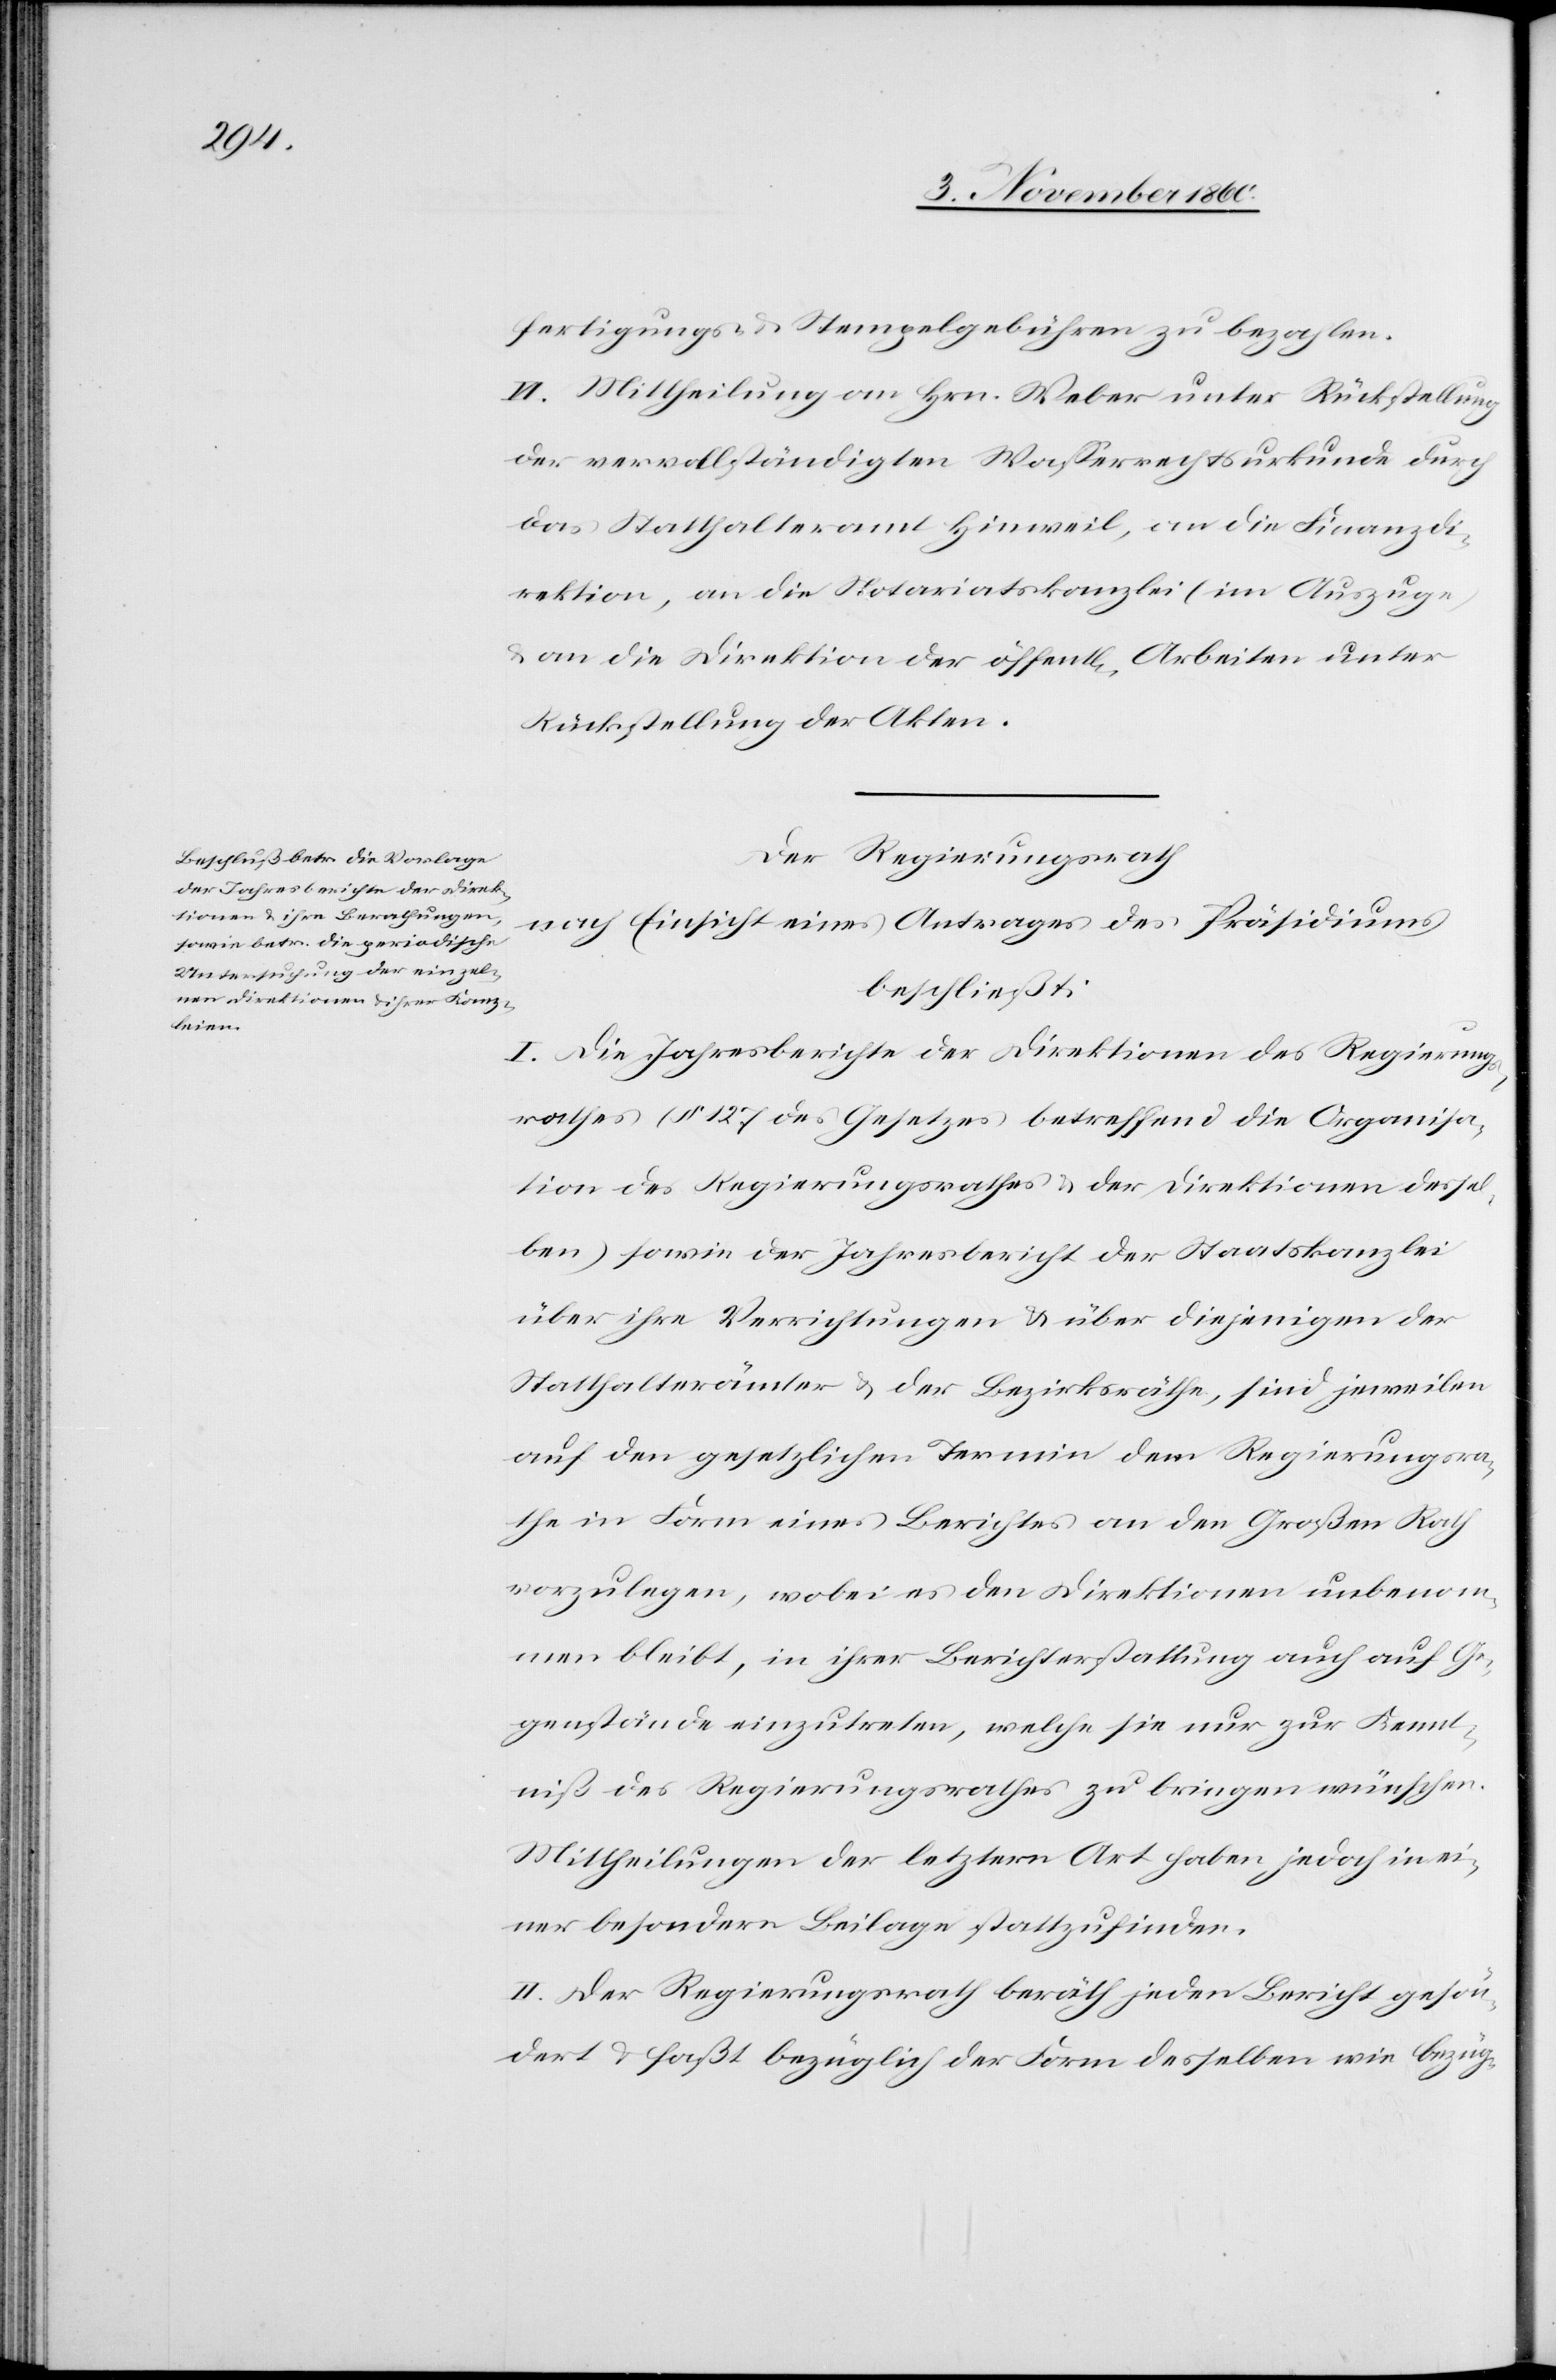
fertigungs- u. Stempelgebühren zu bezahlen.
VI. Mittheilung an Hrn. Weber unter Rückstellung
der vervollständigten Wasserrechtsurkunde durch
das Statthalteramt Hinweil, an die Finanzdi¬
rektion, an die Notariatskanzlei (im Auszuge)
u. an die Direktion der öffent[lichen] Arbeiten unter
Rückstellung der Akten.
Der Regierungsrath
nach Einsicht eines Antrages des Präsidiums
beschließt:
I. Jahresberichte der Direktionen des Regierungs¬
rathes (§ 127 des Gesetzes betreffend die Organisa¬
tion des Regierungsrathes u. der Direktionen dessel¬
ben) sowie der Jahresbericht der Staatskanzlei
über ihre Verrichtungen u. über diejenigen der
Statthalterämter u. der Bezirksräthe, sind jeweilen
auf den gesetzlichen Termin dem Regierungsra¬
the in Form eines Berichtes an den Großen Rath
vorzulegen, wobei es den Direktionen unbenom¬
men bleibt, in ihrer Berichterstattung auch auf Ge¬
genstände einzutreten, welche sie nur zur Kennt¬
niß des Regierungsrathes zu bringen wünschen.
Mittheilungen der letztern Art haben jedoch in ei¬
ner besondern Beilage stattzufinden.
II. Der Regierungsrath beräth jeden Bericht gesön¬
dert u. faßt bezüglich der Form desselben wie bezüg-